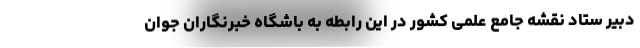
دبیر ستاد نقشه جامع علمی کشور در این رابطه به باشگاه خبرنگاران جوان